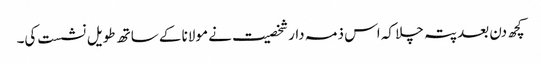
کچھ دن بعد پتہ چلا کہ اس ذمہ دار شخصیت نے مولانا کے ساتھ طویل نشست کی۔